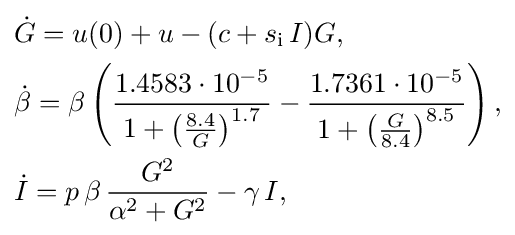
{\begin{aligned}&{\dot {G}}=u(0)+u-(c+s_{\mathrm {i} }\,I)G,\\&{\dot {\beta }}=\beta \left({\frac {1.4583\cdot 10^{-5}}{1+\left({\frac {8.4}{G}}\right)^{1.7}}}-{\frac {1.7361\cdot 10^{-5}}{1+\left({\frac {G}{8.4}}\right)^{8.5}}}\right),\\&{\dot {I}}=p\,\beta \,{\frac {G^{2}}{\alpha ^{2}+G^{2}}}-\gamma \,I,\end{aligned}}